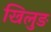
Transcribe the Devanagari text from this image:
खिलुङ